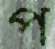
প